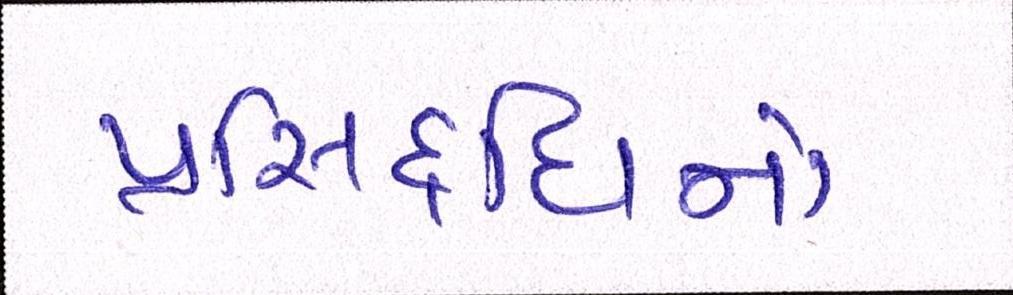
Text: પ્રસિદ્ધિનો